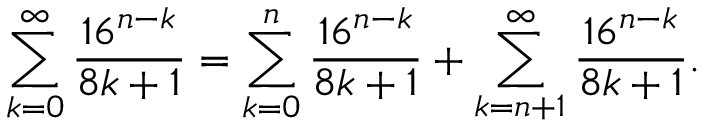
\sum _ { k = 0 } ^ { \infty } { \frac { 1 6 ^ { n - k } } { 8 k + 1 } } = \sum _ { k = 0 } ^ { n } { \frac { 1 6 ^ { n - k } } { 8 k + 1 } } + \sum _ { k = n + 1 } ^ { \infty } { \frac { 1 6 ^ { n - k } } { 8 k + 1 } } .